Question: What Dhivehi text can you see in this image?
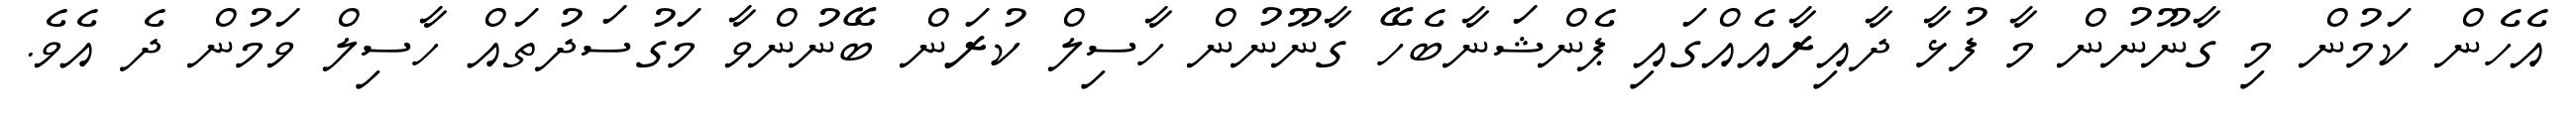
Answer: އެހެން ކަމުން މި ގާނޫނުން މާ ފުޅާ ދާއިރާއެއްގައި ޕެންޝަނާބެހޭ ގާނޫނުން ހާސިލް ކުރަން ބޭނުންވާ މަގުސަދުތައް ހާސިލް ވަމުން ދެ އެވެ.